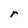
Character: r